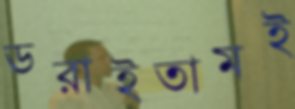
ডরাইতামই